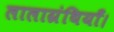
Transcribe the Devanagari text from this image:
लालाग्रंथियाँ।